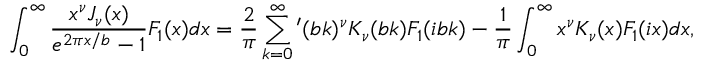
\int _ { 0 } ^ { \infty } { \frac { x ^ { \nu } J _ { \nu } ( x ) } { e ^ { 2 \pi x / b } - 1 } F _ { 1 } ( x ) d x } = \frac { 2 } { \pi } \sum _ { k = 0 } ^ { \infty } { ' } ( b k ) ^ { \nu } K _ { \nu } ( b k ) F _ { 1 } ( i b k ) - \frac { 1 } { \pi } \int _ { 0 } ^ { \infty } { x ^ { \nu } K _ { \nu } ( x ) F _ { 1 } ( i x ) d x } ,